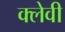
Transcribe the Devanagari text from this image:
क्लेवी